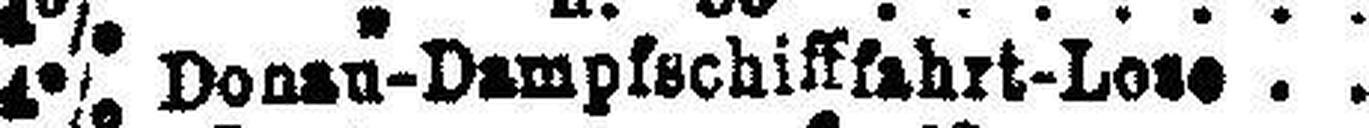
4% Donau-Dampfschifffahrt-Lose